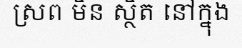
ស្រព មិន ស្ថិត នៅក្នុង